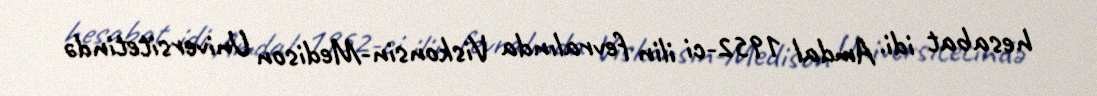
hesabat idi. Amdal 1952-ci ilin fevralında Viskonsin-Medison Universitetində